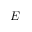
E